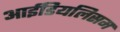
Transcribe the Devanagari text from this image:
आईडियलिसम